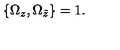
{ \{ \Omega _ { z } , \Omega _ { \tilde { z } } \} } = 1 .